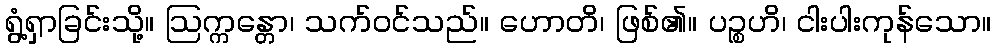
ရွံ့ရှာခြင်းသို့။ ဩက္ကန္တော၊ သက်ဝင်သည်။ ဟောတိ၊ ဖြစ်၏။ ပဉ္စဟိ၊ ငါးပါးကုန်သော။